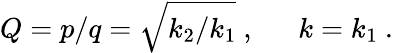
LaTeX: Q=p/q=\sqrt{k_{2}/k_{1}}\ ,\ \ \ \ \ \ k=k_{1}\ .